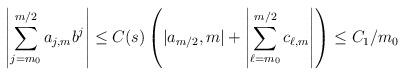
LaTeX: \begin{align*} \left| \sum_{ j = m_0}^{m/2} a_{j,m} b^j \right| \leq C(s) \left( |a_{m/2},m| + \left| \sum_{ \ell = m_0}^{m/2} c_{\ell,m} \right| \right) \leq C_1 /m_0 \end{align*}